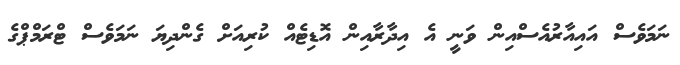
ނަމަވެސް އައިއާރުއެސްއިން ވަނީ އެ އިދާރާއިން އޮޑިޓެއް ކުރިއަށް ގެންދިޔަ ނަމަވެސް ޓްރަމްޕްގެ